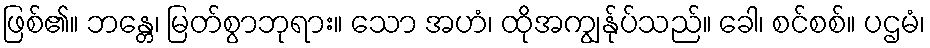
ဖြစ်၏။ ဘန္တေ၊ မြတ်စွာဘုရား။ သော အဟံ၊ ထိုအကျွန်ုပ်သည်။ ခေါ၊ စင်စစ်။ ပဌမံ၊